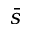
\bar { s }